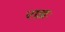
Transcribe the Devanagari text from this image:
राज्ञः